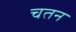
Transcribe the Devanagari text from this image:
चतन